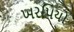
ખરપિયો